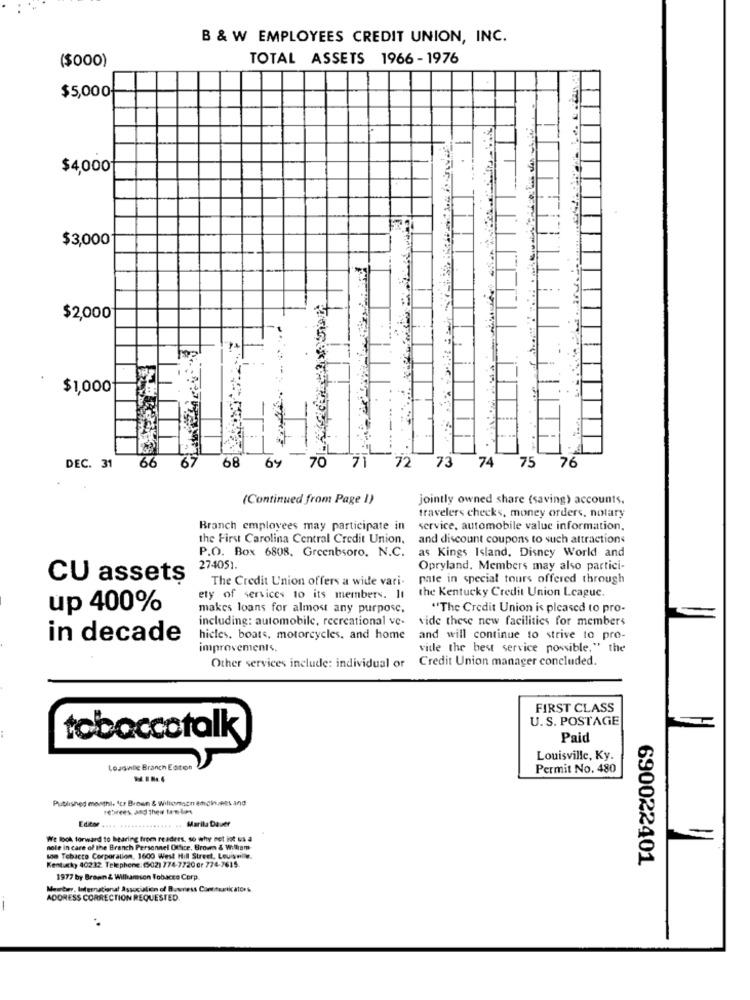
B & W EMPLOYEES CREDIT UNION, INC.
($000)
TOTAL ASSETS 1966 - 1976
$5,000
$4,000
$3,000
$2,000
$1,000
67
71
DEC. 31
66
68 69
70
72 73
74 75
76
(Continued from Page 1)
jointly owned share (saving) accounts.
travelers checks, money orders, notary
Branch employees may participate in
service, automobile value information.
the First Carolina Central Credit Union,
and discount coupons to such attractions
P.O. Box 6808. Greenbsoro. N.C.
as Kings Island, Disney World and
274051.
Opryland. Members may also partici-
CU assets
The Credit Union offers a wide vari-
pate in special tours offered through
the Kentucky Credit Union League.
ety of services to its members. It
up 400%
makes loans for almost any purpose,
"The Credit Union is pleased to pro-
including: automobile, recreational ve-
vide these new facilities for members
in decade
hicles, boats, motorcycles, and home
and will continue to strive to pro-
improvements,
ville the best service possible," the
Credit Union manager concluded.
Other services include: individual or
FIRST CLASS
U.S. POSTAGE
tobaccotalk
Paid
Louisville, Ky.
Louisinllc Branch Eaton
Permit No. 480
Published monthl. 'cr Brown & Willomson @choices and
rehirees. and Then tantos
Editar
.. Marila Dauer
We look forward to hearing from readers, so why not ist us a
nole in care of the Branch Personnel Office, Brown & William
Kentucky 40232. Telephone: (502) 774-7720 er 774-7615.
Mon Tobacco Corporation, 1600 West Hill Street. Levinile.
690022401
1977 by Brawn & Willamson Tobacco Corp
Master, International Association of Bowness Continuartic ators
ADDRESS CORRECTION REQUESTED.